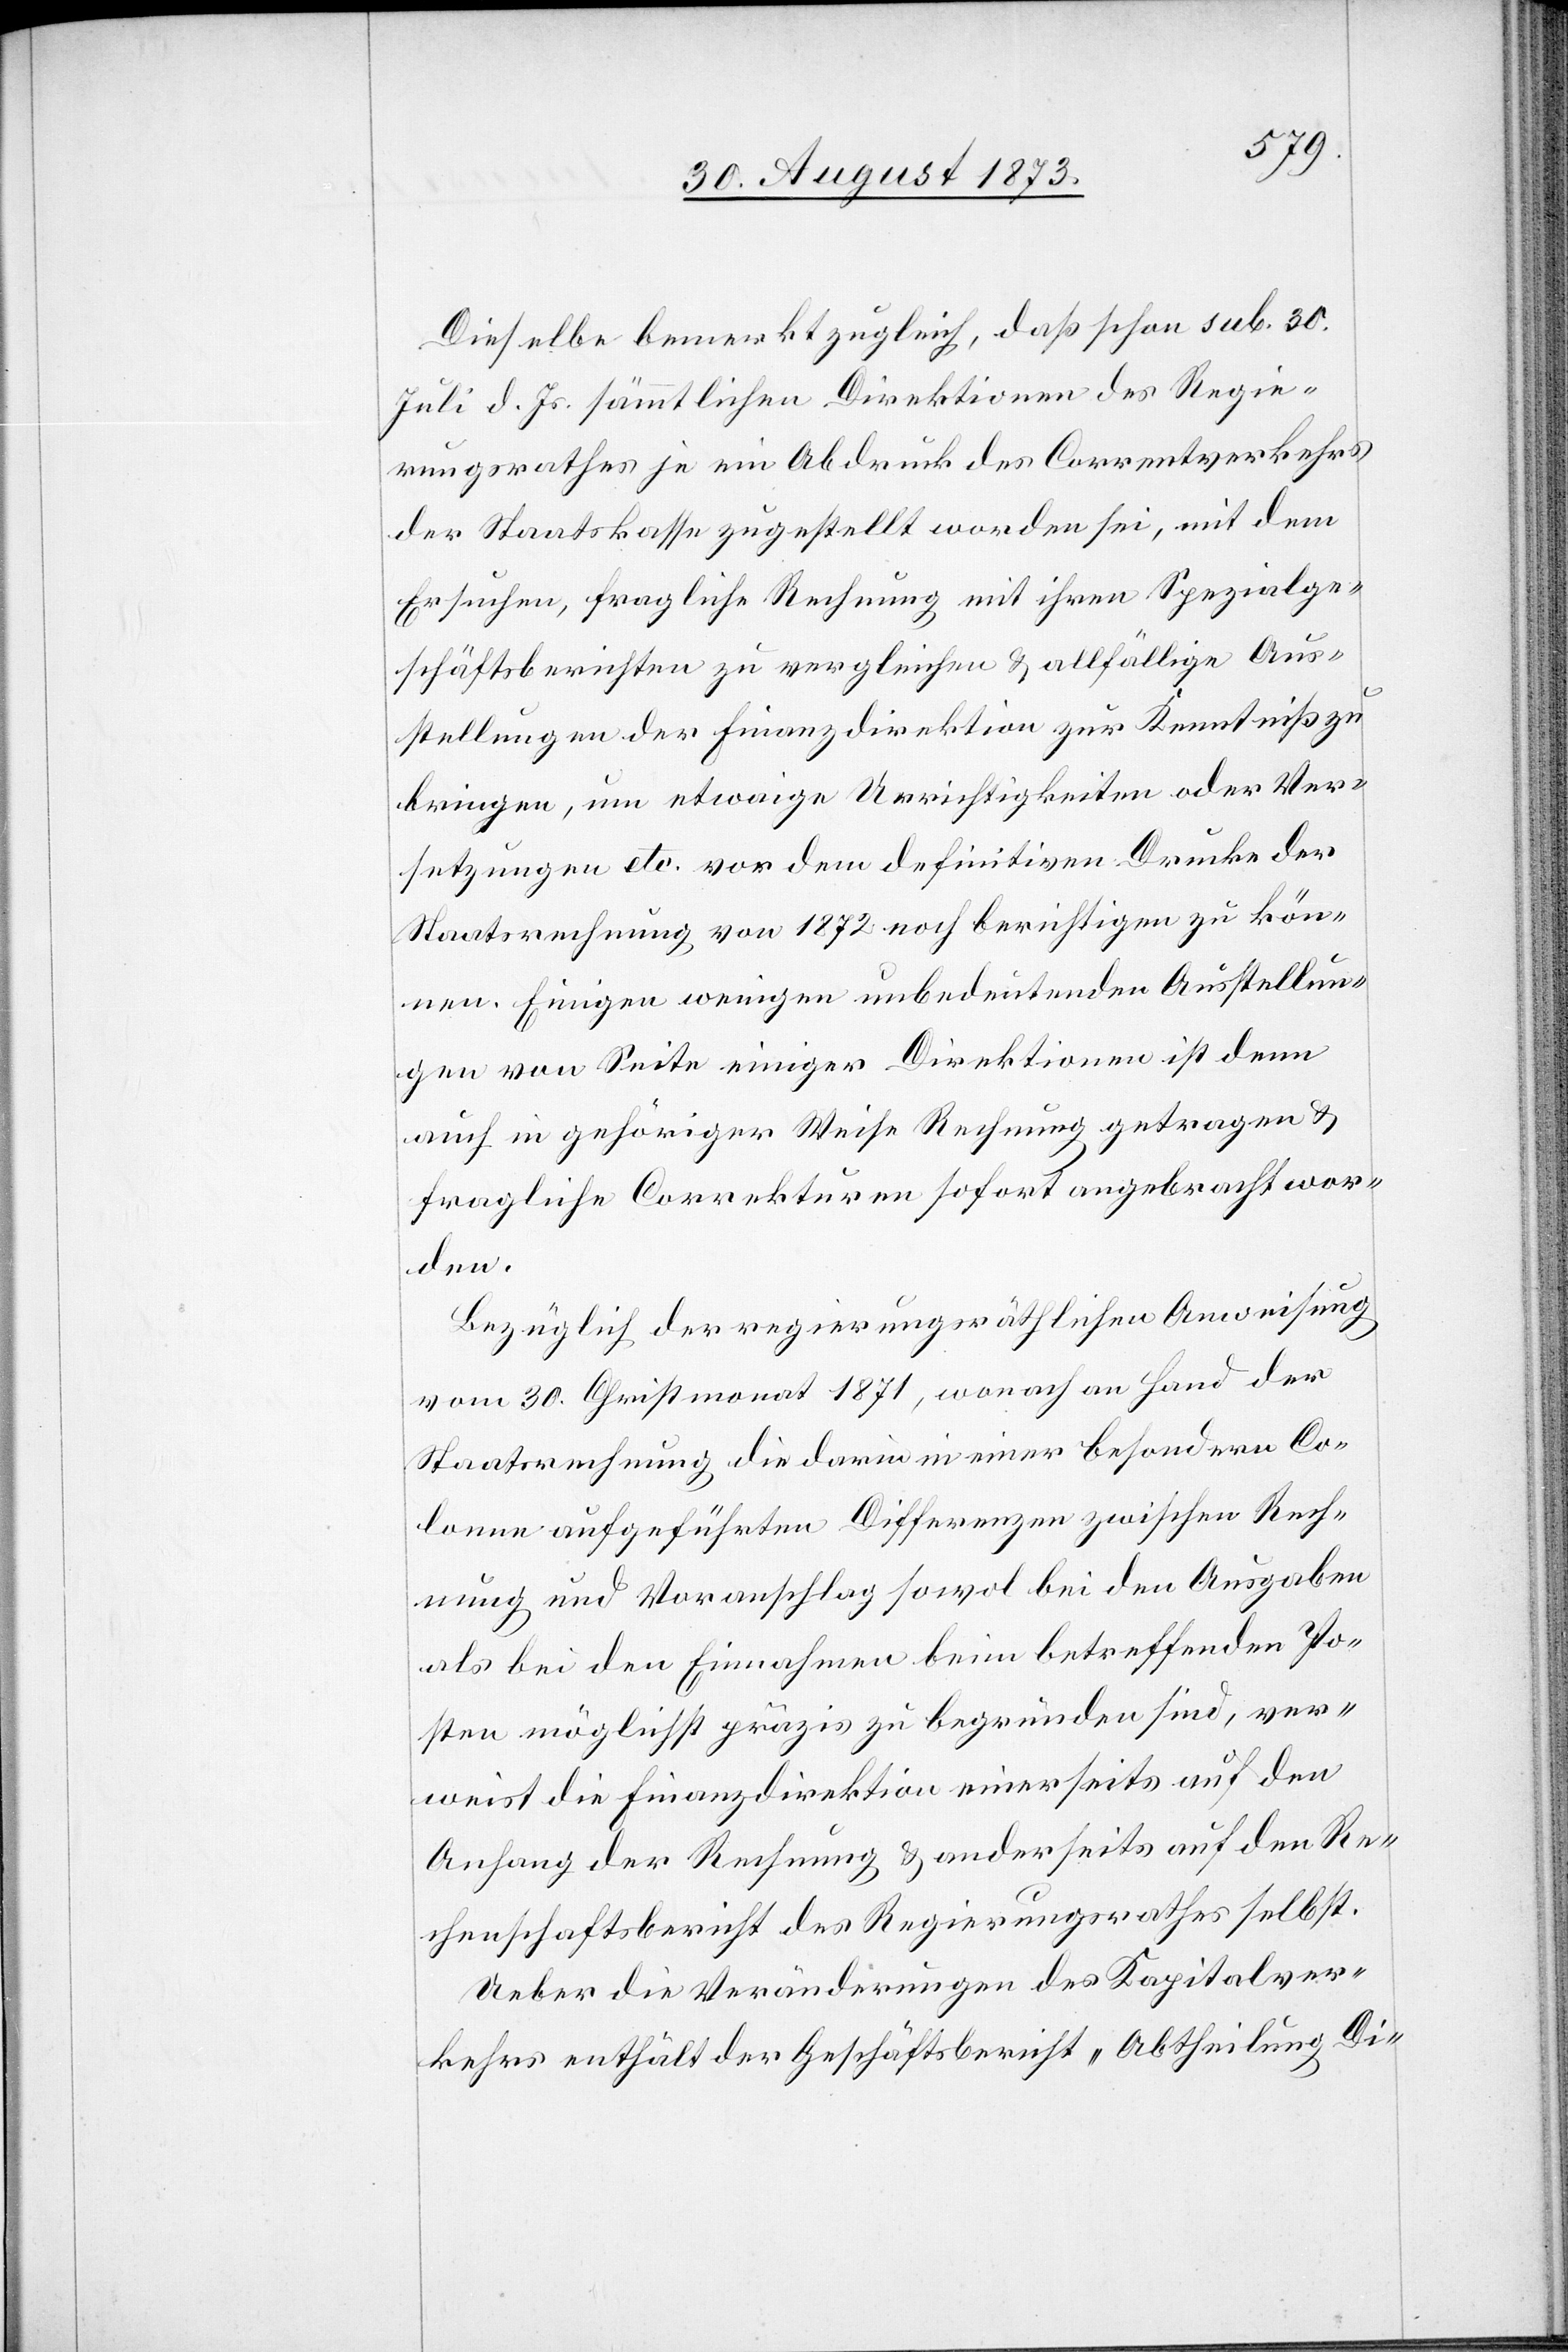
Dieselbe bemerkt zugleich, daß schon sub. 30.
Juli d. Js. sämmtlichen Direktionen des Regie¬
rungsrathes je ein Abdruck des Correntverkehrs
der Staatskasse zugestellt worden sei, mit dem
Ersuchen, fragliche Rechnung mit ihren Spezialge¬
schäftsberichten zu vergleichen & allfällige Aus¬
stellungen der Finanzdirektion zur Kenntniß zu
bringen, um etwaige Unrichtigkeiten oder Ver¬
setzungen etc. vor dem definitiven Drucke der
Staatsrechnung von 1872 noch berichtigen zu kön¬
nen. Einigen wenigen unbedeutenden Ausstellun¬
gen von Seite einiger Direktionen ist
auch in gehöriger Weise Rechnung getragen &
fragliche Correkturen sofort angebracht wor¬
den.
Bezüglich der regierungsräthlichen Anweisung
vom 30. Christmonat 1871, wonach an Hand der
Staatsrechnung die darin in einer besondern Co¬
lonne aufgeführten Differenzen zwischen Rech¬
nung und Voranschlag sowol bei den Ausgaben
als bei den Einnahmen beim betreffenden Po¬
sten möglichst präzis zu begründen sind, ver¬
weist die Finanzdirektion einerseits auf den
Anfang der Rechnung & anderseits auf den Re¬
chenschaftsbericht des Regierungsrathes selbst.
Ueber die Veränderungen des Kapitalver¬
kehrs enthält der Geschäftsbericht „Abtheilung Di-